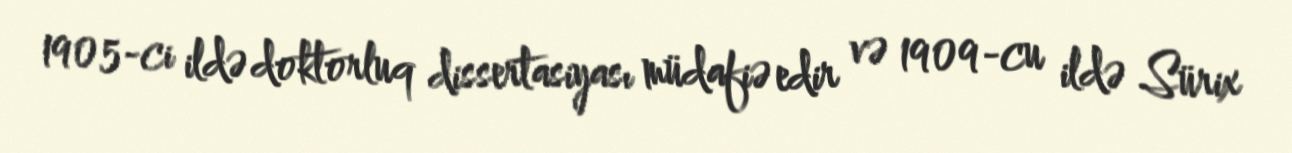
1905-ci ildə doktorluq dissertasiyası müdafiə edir və 1909-cu ildə Sürix